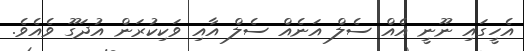
އެހީގައި ނޫނީ އެއް ސެލް އަނެއް ސެލް އާއި ވަކިކުރަން އުދަގޫ ވެއެވެ.